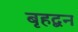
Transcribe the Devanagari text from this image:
बृहद्बन